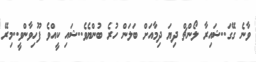
ވާނެ ގޭގަ..ޝައިރާ ލޯންޗް ދިޔަ ދިމާއަށް ބަލަން ހުރެ ބުންޔެވެ..ޝައި ކީއްވެ ފޫހިވާންވީ..މިރޭ